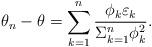
LaTeX: \begin{align*}\theta_n -\theta = \sum_{k=1}^n\frac{ \phi_{k} \varepsilon_k}{\Sigma_{k=1}^n \phi_{k}^2}. \end{align*}